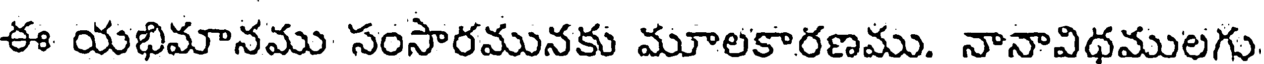
ఈ యభిమానము సంసారమునకు మూలకారణము. నానావిధములగు